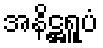
အနိဋ္ဌရူပံ